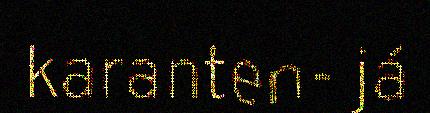
karanten- já